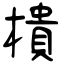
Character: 樻